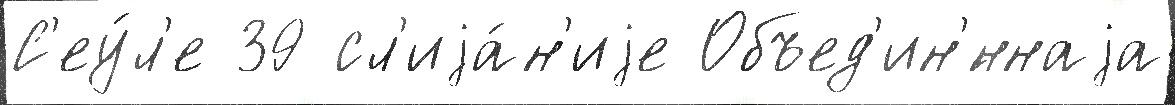
С'еу́л'е 39 сл'иjа́н'иjе Объед'ин'́ннаjа